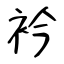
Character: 衿